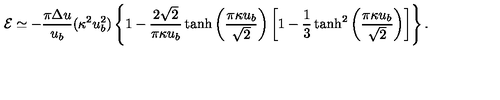
{ \cal E } \simeq - \frac { \pi \Delta u } { u _ { b } } ( \kappa ^ { 2 } u _ { b } ^ { 2 } ) \left\{ 1 - \frac { 2 \sqrt { 2 } } { \pi \kappa u _ { b } } \tanh \left( \frac { \pi \kappa u _ { b } } { \sqrt { 2 } } \right) \left[ 1 - \frac { 1 } { 3 } \tanh ^ { 2 } \left( \frac { \pi \kappa u _ { b } } { \sqrt { 2 } } \right) \right] \right\} .